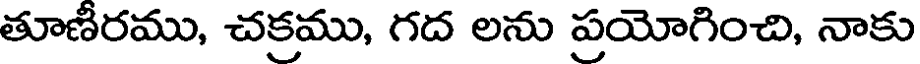
తూణీరము, చక్రము, గద లను ప్రయోగించి, నాకు